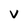
Character: v